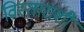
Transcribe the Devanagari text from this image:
विस्ताराशी